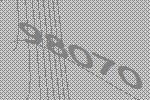
98070